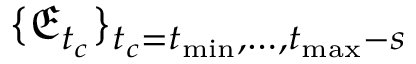
\{ \mathfrak { E } _ { t _ { c } } \} _ { t _ { c } = t _ { \operatorname* { m i n } } , \dots , t _ { \operatorname* { m a x } } - s }